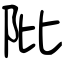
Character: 阰